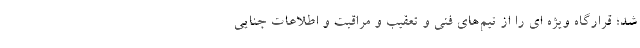
شد؛ قرارگاه ویژه ای را از تیم‌های فنی و تعقیب و مراقبت و اطلاعات جنایی